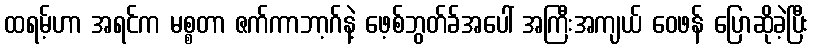
ထရမ့်ဟာ အရင်က မစ္စတာ ဇက်ကာဘာ့ဂ်နဲ့ ဖေ့စ်ဘွတ်ခ်အပေါ် အကြီးအကျယ် ဝေဖန် ပြောဆိုခဲ့ပြီး